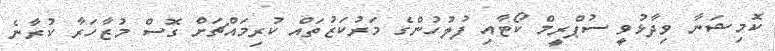
ކޮމިޝަނާ ވިދާޅުވީ ސުޕްރީމް ކޯޓާއި ފުލުހުންގެ މަރުކަޒުތައް ކުރިމައްޗަށް ގޮސް މުޒާހަރާ ކުރާނެ